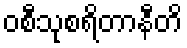
ဝစီသုစရိတာနီတိ